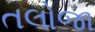
તલોજા